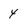
Character: 4